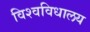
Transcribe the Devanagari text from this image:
विश्‍वविधालय